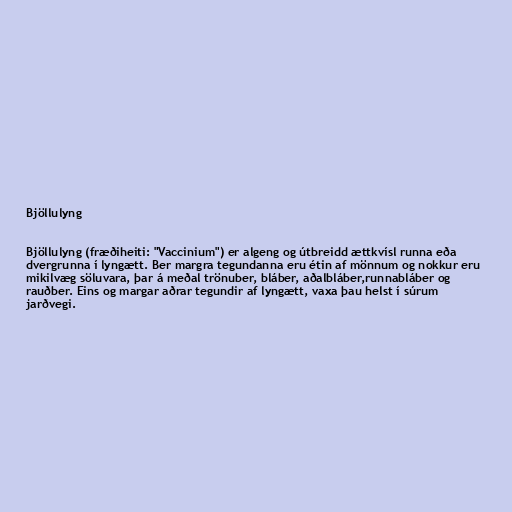
Bjöllulyng

Bjöllulyng (fræðiheiti: "Vaccinium") er algeng og útbreidd ættkvísl runna eða
dvergrunna í lyngætt. Ber margra tegundanna eru étin af mönnum og nokkur eru
mikilvæg söluvara, þar á meðal trönuber, bláber, aðalbláber,runnabláber og
rauðber. Eins og margar aðrar tegundir af lyngætt, vaxa þau helst í súrum
jarðvegi.